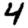
Digit: 4